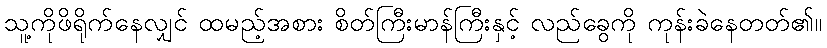
သူ့ကိုဖိရိုက်နေလျှင် ထမည့်အစား စိတ်ကြီးမာန်ကြီးနှင့် လည်ခွေကို ကုန်းခဲနေတတ်၏။